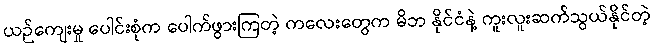
ယဉ်ကျေးမှု ပေါင်းစုံက ပေါက်ဖွားကြတဲ့ ကလေးတွေက မိဘ နိုင်ငံနဲ့ ကူးလူးဆက်သွယ်နိုင်တဲ့